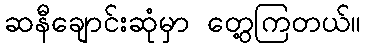
ဆနီချောင်းဆုံမှာ တွေ့ကြတယ်။